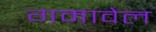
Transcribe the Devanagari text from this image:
गमावेल